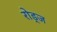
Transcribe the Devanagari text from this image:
रोड्ज